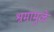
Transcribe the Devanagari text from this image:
श्रमांमुळे